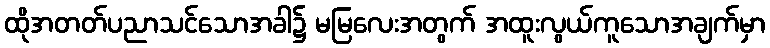
ထိုအတတ်ပညာသင်သောအခါ၌ မမြလေးအတွက် အထူးလွယ်ကူသောအချက်မှာ